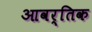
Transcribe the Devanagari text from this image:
आवर्तिक